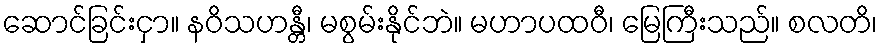
ဆောင်ခြင်းငှာ။ နဝိသဟန္တီ၊ မစွမ်းနိုင်ဘဲ။ မဟာပထဝီ၊ မြေကြီးသည်။ စလတိ၊